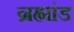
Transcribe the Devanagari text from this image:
न्रह्मांड